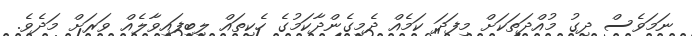
ނަމަވެސް ދިގު މުއްދަތަކަށް މިފަދަ ކަމެއް ދެމިގެންދާކަމުގެ ހެކިތައް ލިބިފައިވާލެއް ވަރަށް މަދެވެ.